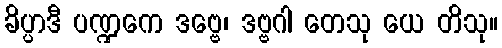
ခိပ္ပာဒီ ပဏ္ဍကေ ဒဗ္ဗေ၊ ဒဗ္ဗဂါ တေသု ယေ တိသု။